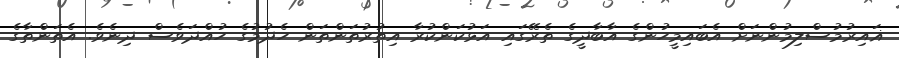
ޣައިރުމުސްލިމުންނަށް އެބައިމީހުންގެ އާބާދީގެ ތެރޭގައި އަޅުކަންކުރާ އިތުރުތަންތަން ހެދުމުގެ ހުއްދަވެސް ދިނެވެ. އެތަންތާގެ